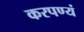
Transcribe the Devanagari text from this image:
करपण्यं